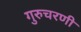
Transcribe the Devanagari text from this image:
गुरुचरणी